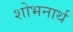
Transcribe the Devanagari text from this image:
शोभनार्थ